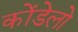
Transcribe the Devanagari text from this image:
कोंडेलो